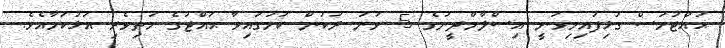
ޙައްޖުމަސް ގުޅިފައިމިވަނީ އިސްލާމްދީނުގެ 5 ވަނަ ރުކުން ކަމުގައިވާ ޙައްޖުގެ މަތިވެރި އަޅުކަމާއެވެ.